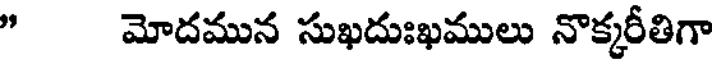
" మోదమున సుఖదుఃఖములు నొక్కరీతిగా